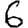
Digit: 6